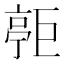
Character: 𪩧